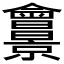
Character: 𠑱